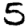
Digit: 5